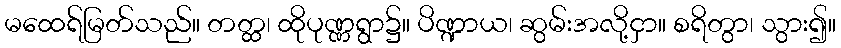
မထေရ်မြတ်သည်။ တတ္ထ၊ ထိုပုဏ္ဏရွာ၌။ ပိဏ္ဍာယ၊ ဆွမ်းအလို့ငှာ။ စရိတွာ၊ သွား၍။